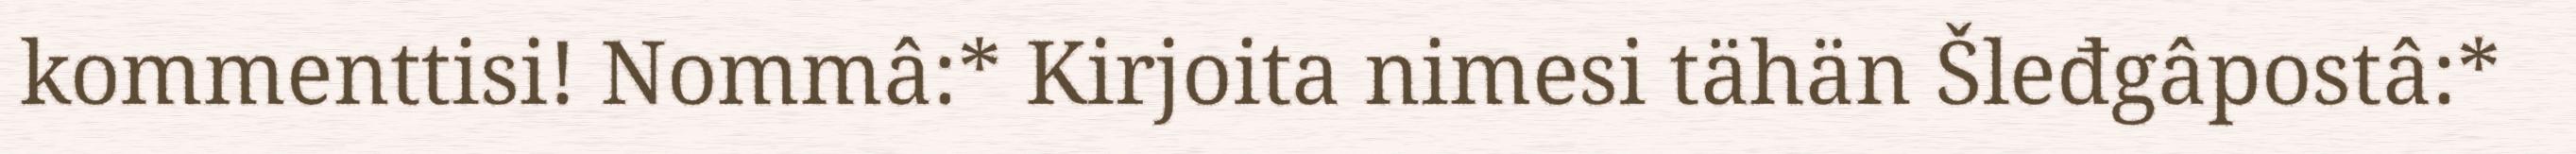
kommenttisi! Nommâ:* Kirjoita nimesi tähän Šleđgâpostâ:*